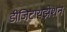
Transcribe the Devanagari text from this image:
डीजिटायझेशन